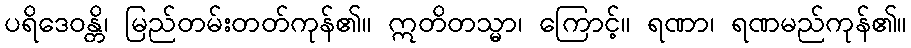
ပရိဒေဝန္တိ၊ မြည်တမ်းတတ်ကုန်၏။ ဣတိတသ္မာ၊ ကြောင့်။ ရဏာ၊ ရဏမည်ကုန်၏။